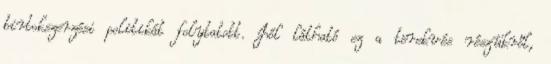
birtokszerzési politikát folytatott. Jól látható ez a törekvés részükről,